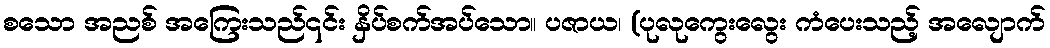
စသော အညစ် အကြေးသည်၎င်း နှိပ်စက်အပ်သော။ ပဇာယ၊ (ပုလုကွေးလွေး ကံပေးသည့် အလျောက်